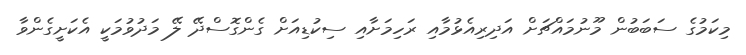
މިކަމުގެ ސަބަބުން މޫނުމައްޗަށް އަދިރިއެޅުމާއި ރަހިމަށާއި ސިކުޑިއަށް ގެންގޮސްދޭ ލޭ މަދުވުމަކީ އެކަށީގެންވާ